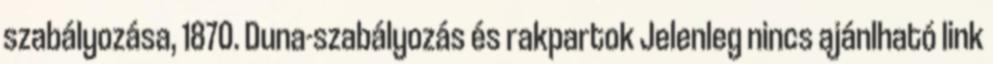
szabályozása, 1870. Duna-szabályozás és rakpartok Jelenleg nincs ajánlható link